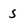
Character: S